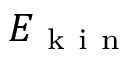
E _ { \mathrm { ~ k ~ i ~ n ~ } }